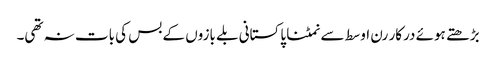
بڑھتے ہوئے درکار رن اوسط سے نمٹنا پاکستانی بلے بازوں کے بس کی بات نہ تھی۔